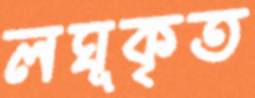
লঘূকৃত